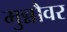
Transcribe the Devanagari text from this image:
मुन्नौवर